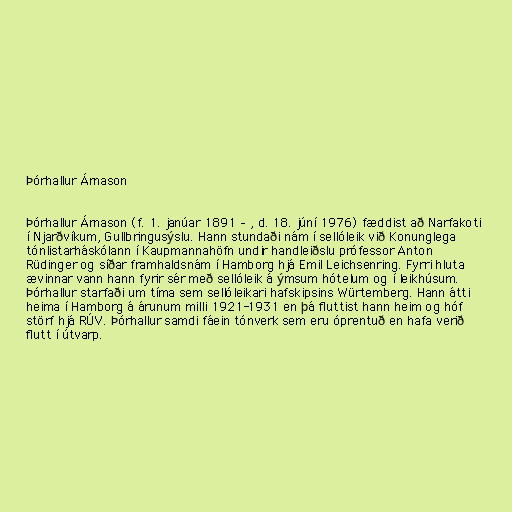
Þórhallur Árnason

Þórhallur Árnason (f. 1. janúar 1891 – , d. 18. júní 1976) fæddist að Narfakoti
í Njarðvíkum, Gullbringusýslu. Hann stundaði nám í sellóleik við Konunglega
tónlistarháskólann í Kaupmannahöfn undir handleiðslu prófessor Anton
Rüdinger og síðar framhaldsnám í Hamborg hjá Emil Leichsenring. Fyrri hluta
ævinnar vann hann fyrir sér með sellóleik á ýmsum hótelum og í leikhúsum.
Þórhallur starfaði um tíma sem sellóleikari hafskipsins Würtemberg. Hann átti
heima í Hamborg á árunum milli 1921-1931 en þá fluttist hann heim og hóf
störf hjá RÚV. Þórhallur samdi fáein tónverk sem eru óprentuð en hafa verið
flutt í útvarp.